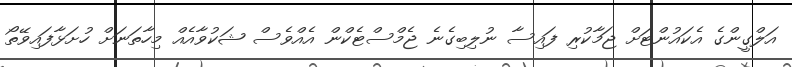
އަލްގީންގެ އެކައުންޓަށް ޖަމާކުރި ފައިސާ ނުލިބިގެނެ ޖެމްސްޓެކްން އެއްވެސް ޝަކުވާއެއް މިހާތަނަށް ހުށަޅާފައިވޭތޯ